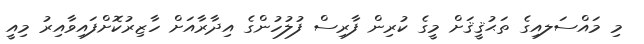
މި މައްސަލއިގެ ތަޙުޤީޤަށް މީގެ ކުރިން ފާރިސް ފުލުހުންގެ އިދާރާއަށް ހާޒިރުކޮށްފައިވާއިރު މިއީ